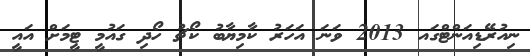
ނިއުރޭޑިއަންޓްގައ 2013 ވަނަ އަހަރު ކާމިޔާބު ކޯޗު ހޯދި ގައުމީ ޓީމަށް އައީ